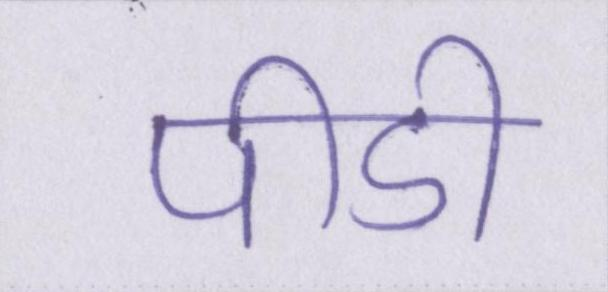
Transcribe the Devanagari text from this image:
पीडी